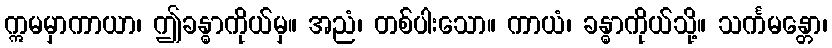
ဣမမှာကာယာ၊ ဤခန္ဓာကိုယ်မှ။ အညံ၊ တစ်ပါးသော။ ကာယံ၊ ခန္ဓာကိုယ်သို့။ သင်္ကမန္တော၊